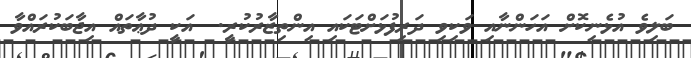
ބަލިވެ އުޅެނިކޮށް އަހަންނާއި ވަކިވި ދަރިފުޅަށްޓަކައި އިންތިޒާރުކުރީ.  އަކީ ދުޢާތައް އިޖާބަކުރައްވާ